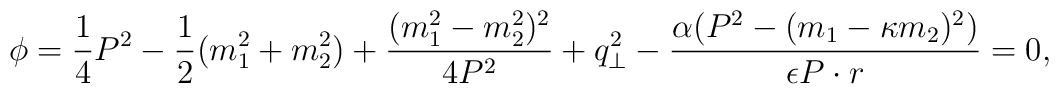
\phi = \frac {1}{4}P^2 -  \frac {1}{2}(m_{1}^2 + m_{2}^2) +\frac {(m_{1}^2 - m_{2}^2)^2}{4P^2} + q_\bot^2-\frac{\alpha \bigl(P^2 - (m_1 - \kappa m_2)^2\bigr)}{\epsilon P\cdot r} = 0,